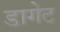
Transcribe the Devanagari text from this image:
डागेट